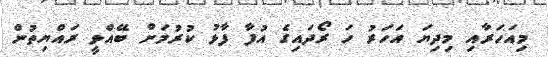
މިއަހަރާއި މިދިޔަ އަހަރު ހަ ރޯދައިގެ އުފާ ފާޅު ކުރުމަށް ބޭއްވީ ރައްޔިތުން